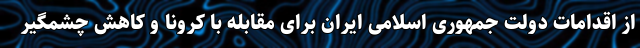
از اقدامات دولت جمهوری اسلامی ایران برای مقابله با کرونا و کاهش چشمگیر